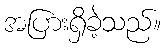
အပြားရှိခဲ့သည်။